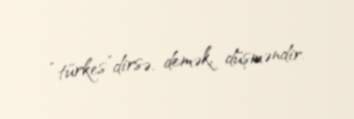
“türkes”dirsə, demək, düşməndir.